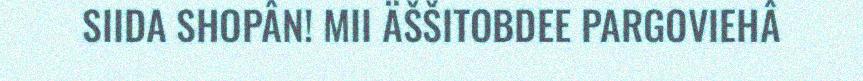
SIIDA SHOPÂN! MII ÄŠŠITOBDEE PARGOVIEHÂ